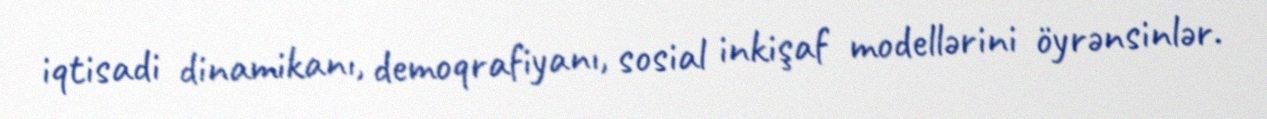
iqtisadi dinamikanı, demoqrafiyanı, sosial inkişaf modellərini öyrənsinlər.